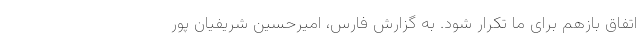
اتفاق بازهم برای ما تکرار شود. به گزارش فارس، امیرحسین شریفیان پور